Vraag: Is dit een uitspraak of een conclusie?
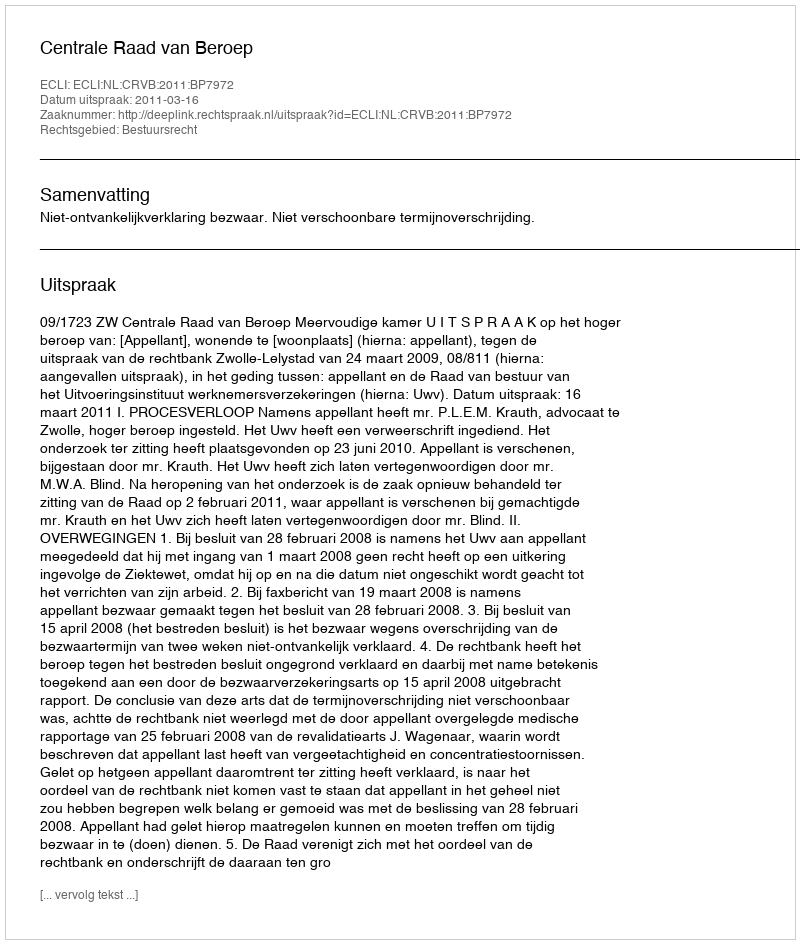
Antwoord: Uitspraak